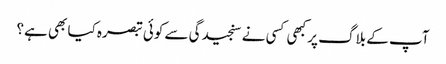
آپ کے بلاگ پر کبھی کسی نے سنجیدگی سے کوئی تبصرہ کیا بھی ہے؟